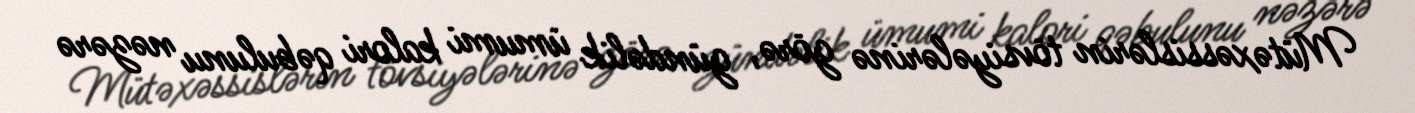
Mütəxəssislərin tövsiyələrinə görə, gündəlik ümumi kalori qəbulunu nəzərə